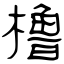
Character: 橹